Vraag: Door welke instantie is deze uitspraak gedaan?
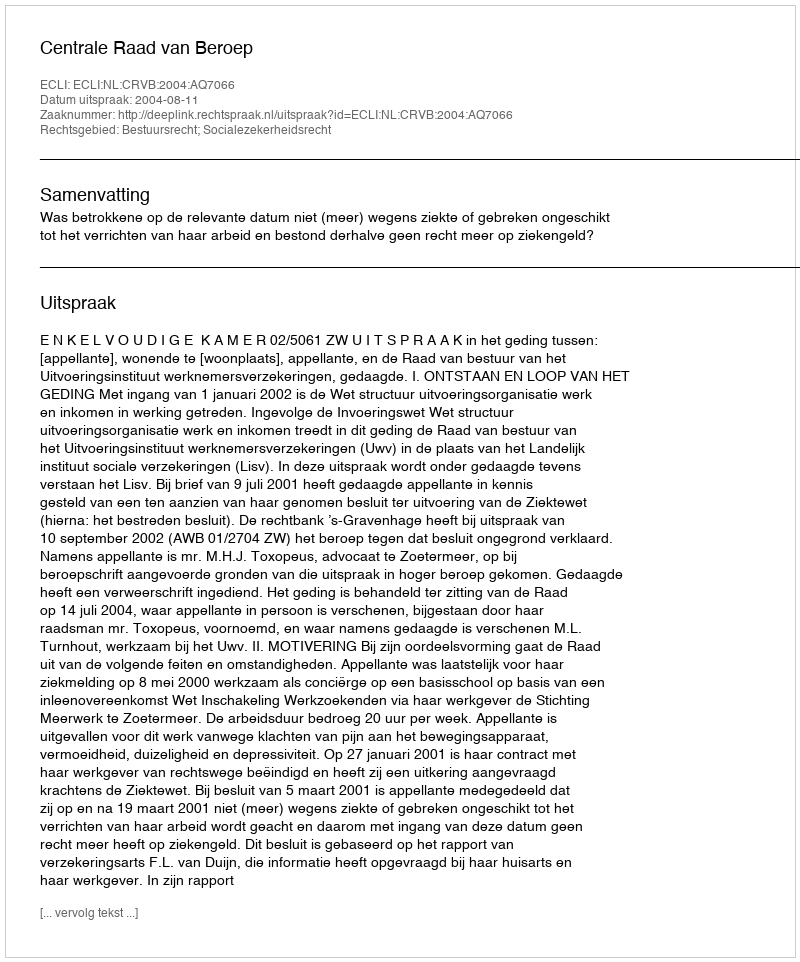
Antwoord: Centrale Raad van Beroep